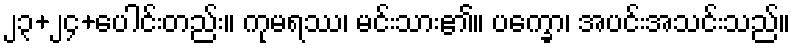
၂၃+၂၄+ပေါင်းတည်း။ ကုမရဿ၊ မင်းသား၏။ ပက္ခော၊ အပင်းအသင်းသည်။